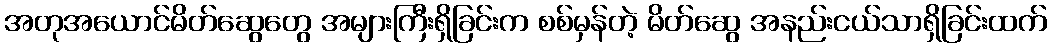
အတုအယောင်မိတ်ဆွေတွေ အများကြီးရှိခြင်းက စစ်မှန်တဲ့ မိတ်ဆွေ အနည်းငယ်သာရှိခြင်းထက်